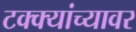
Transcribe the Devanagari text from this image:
टक्‍क्‍यांच्यावर